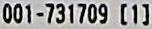
001-731709 [1]